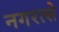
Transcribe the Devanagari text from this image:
नगरत्से